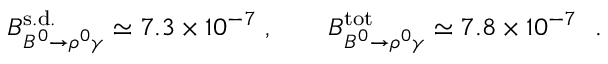
{ \cal B } _ { B ^ { 0 } \to \rho ^ { 0 } \gamma } ^ { \mathrm { s . d . } } \simeq 7 . 3 \times 1 0 ^ { - 7 } \ , \qquad { \cal B } _ { B ^ { 0 } \to \rho ^ { 0 } \gamma } ^ { \mathrm { t o t } } \simeq 7 . 8 \times 1 0 ^ { - 7 } \ \ .